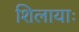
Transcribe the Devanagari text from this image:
शिलायाः